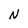
Character: N